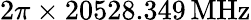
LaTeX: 2\pi\times 20528.349\, \mathrm{MHz}